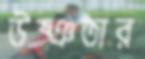
উষ্ঞতার